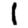
Digit: 1